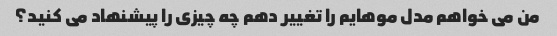
من می خواهم مدل موهایم را تغییر دهم چه چیزی را پیشنهاد می کنید؟